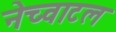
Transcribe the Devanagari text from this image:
नेच्वाटल